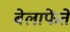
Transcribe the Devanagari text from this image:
बेलाफेंते